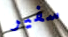
سفير